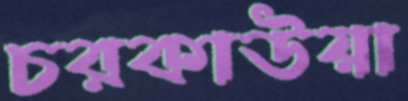
চরকাউয়া